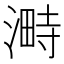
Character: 𣻞